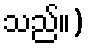
သည်။)